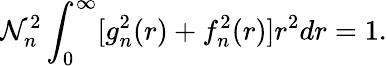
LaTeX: \mathcal{N}_{n}^{2}\int_{0}^{\infty}[g_{n}^{2}(r)+f_{n}^{2}(r)]r^{2}dr=1.